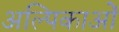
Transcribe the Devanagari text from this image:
अल्पिकाओं